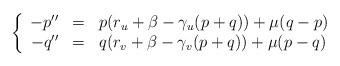
LaTeX: \begin{align*} \left\{\begin{array}{rcl} -p'' & = & p(r_u+\beta-\gamma_u(p+q))+\mu(q-p) \\ -q'' & = & q(r_v+\beta-\gamma_v(p+q))+\mu(p-q)\end{array}\right.\end{align*}